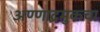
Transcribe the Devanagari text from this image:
अण्णाद्रमुकचा